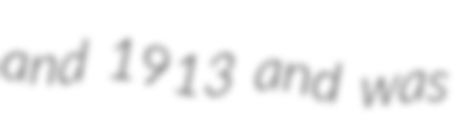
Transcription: and 1913 and was